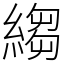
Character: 縐